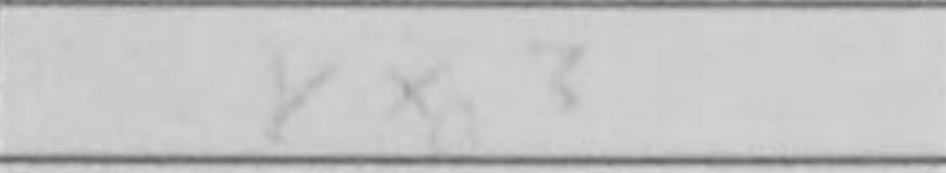
Transcription: Kxa3